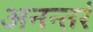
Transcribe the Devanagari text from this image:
अनन्तरं